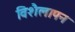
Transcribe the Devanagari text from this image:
विशैलापन